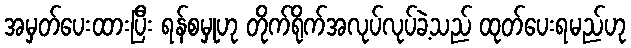
အမှတ်ပေးထားပြီး ရန်စမှုဟု တိုက်ရိုက်အလုပ်လုပ်ခဲ့သည် ထုတ်ပေးရမည်ဟု